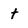
Character: t